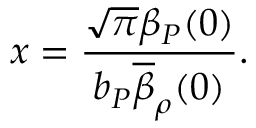
x = \frac { \sqrt { \pi } \beta _ { P } ( 0 ) } { b _ { P } \overline { { { \beta } } } _ { \rho } ( 0 ) } .